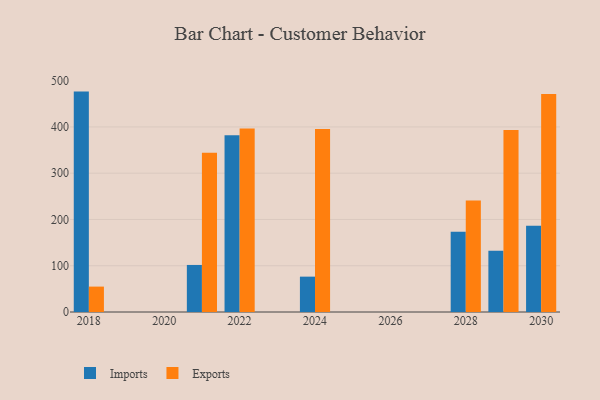
{"axis": {"x": "Year", "y": "Conversion Rate (%)"}, "legend": ["Exports", "Imports"], "data": [{"x": "2022", "y": 382.2, "type": "Imports"}, {"x": "2022", "y": 396.6, "type": "Exports"}, {"x": "2024", "y": 76.4, "type": "Imports"}, {"x": "2024", "y": 395.6, "type": "Exports"}, {"x": "2028", "y": 173.5, "type": "Imports"}, {"x": "2028", "y": 240.8, "type": "Exports"}, {"x": "2029", "y": 132.4, "type": "Imports"}, {"x": "2029", "y": 393.4, "type": "Exports"}, {"x": "2018", "y": 476.4, "type": "Imports"}, {"x": "2018", "y": 54.9, "type": "Exports"}, {"x": "2021", "y": 101.7, "type": "Imports"}, {"x": "2021", "y": 344.3, "type": "Exports"}, {"x": "2030", "y": 186.4, "type": "Imports"}, {"x": "2030", "y": 471.2, "type": "Exports"}]}